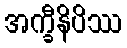
အက္ခီနိပိဿ